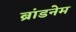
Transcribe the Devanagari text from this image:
ब्रांडनेम